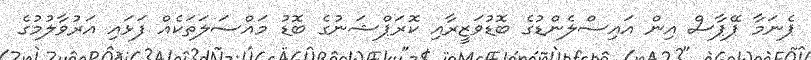
ޕެނަމާ ޕޭޕާސް އިން އައިސްލެންޑުގެ ބޮޑުވަޒީރާއި ކޮރަޕްޝަނުގެ ބޮޑު މައްސަލަތަކެއް ފަޅައި އަރުވާލުމުގެ